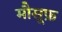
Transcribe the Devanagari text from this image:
मौसूफ़